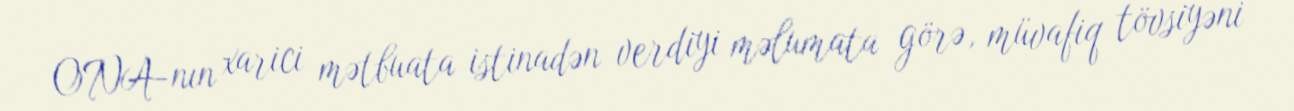
ONA-nın xarici mətbuata istinadən verdiyi məlumata görə, müvafiq tövsiyəni